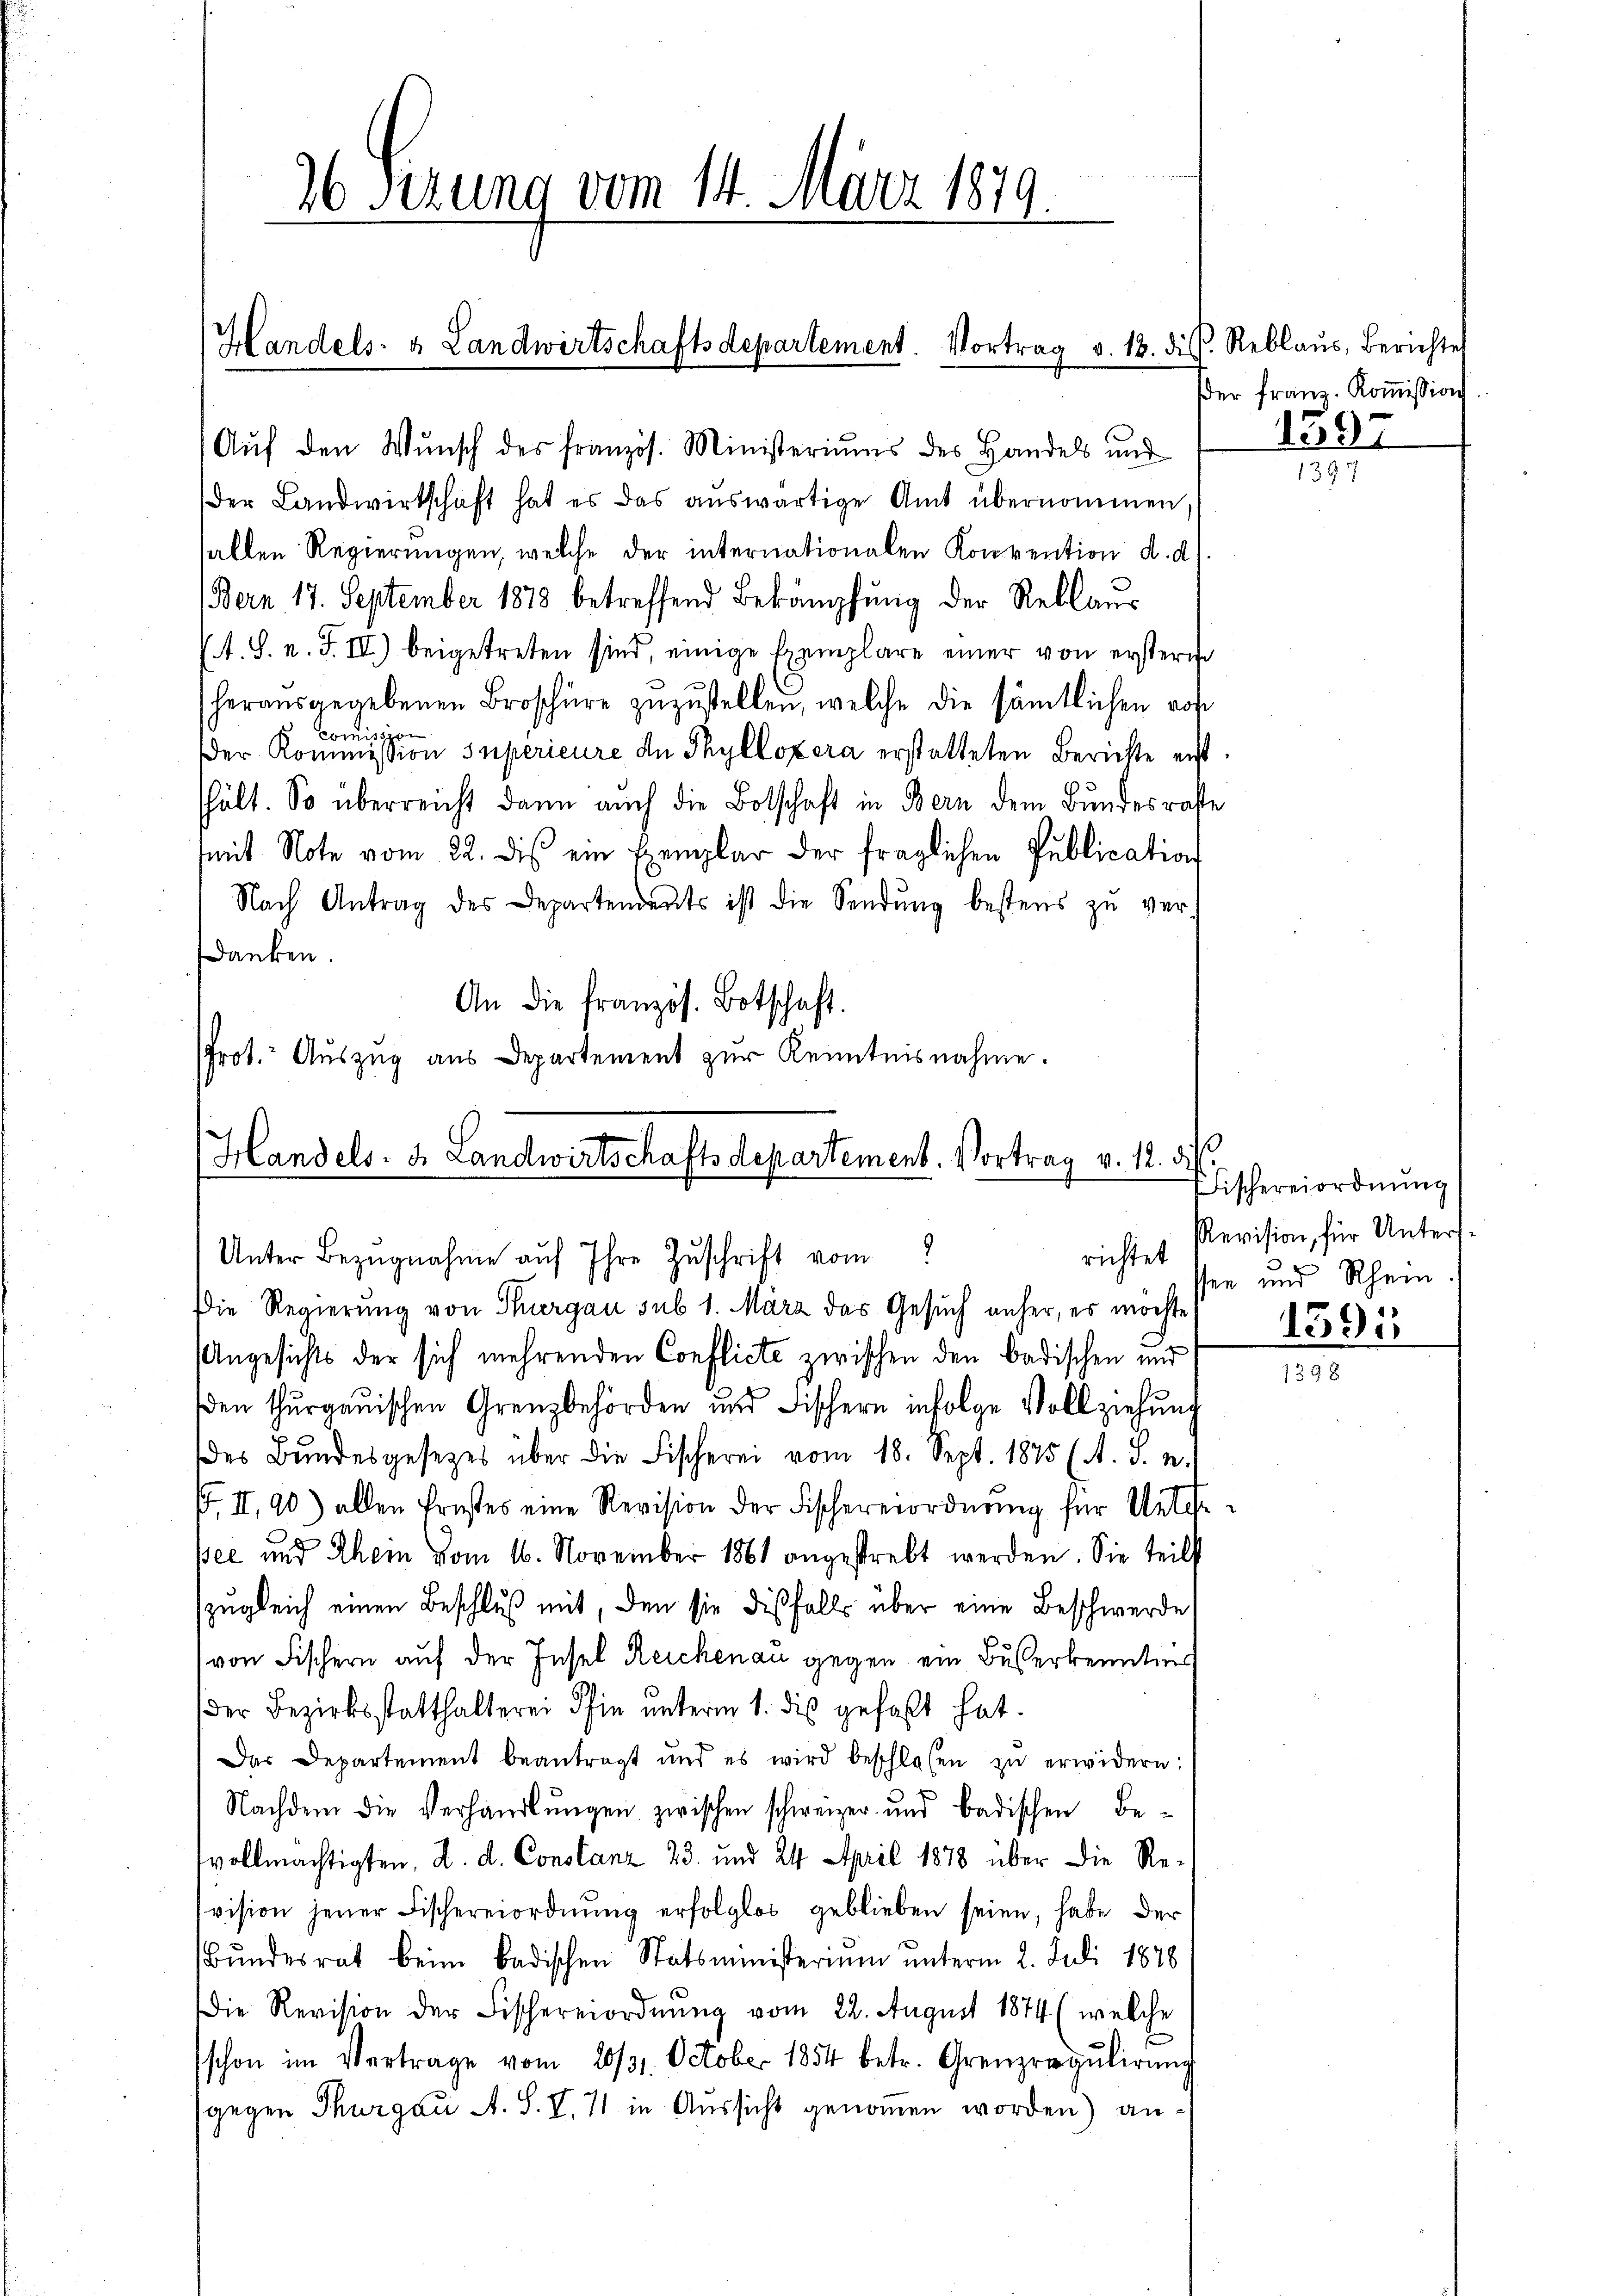
96 Sezung vom 14. März 1879.

Handels- & Landwirtschaftsdepartement. Vortrag d. 18. ds. Reblaŭs, Berichtes

Auf den Wunsch des französ. Ministeriums des Handels und
Der Landwirtschaft hat es das aŭswärtige Amt übernommen
hallen Regierungen, welche der internationalen Konvention d. d.
(Bern 17. September 1878 betreffend Bekämpfung der Reklaus
A. S. n. F. II) beigetreten sind, einige Exemplare einer von ersteri
herausgegebenen Broschüre zŭzŭstellen, welche die sämtlichen ros
c
h
nis
der Kommission superieure an Thylloxera erstatteten Berichte erst
hält. So überreicht dann auch die Botschaft in Bern dem Bundesraste
mit Note vom 22. dis ein Exemplar der fraglichen Publication
Nach Antrag des Departendents ist die Sendŭng bestens zŭ verdanken.
An die französ. Botschaft.
Prot. Aŭszŭg ans Departement zur Kenntnisnahme.

Handels. 3. Landwirtschaftsdepartement. Vortrag v. 12. di
Unter Bezŭgnahme auf Ihre Zuschrift vom
richtet
Die Regierung von Thurgau sub 1. März das Gesuch anher, es möchte

Angesichts der sich mehrenden Conflicte zwischen den badischen und
den thurgauischen Grenzbehörden und Fischern infolge Vollziehung
des Bŭndesgesetzes über die Fischerei vom 18. Sept. 1875 (A. S. n.
p. II, 90) allen Ernstes eine Revision der Fischereiordnŭng für Unteree und Ahem vom 16. November 1861 angestrebt werden. Sie teils
(zugleich einen Beschluß mit, den sie diesfalls über eine Beschwerde
(von Fischern auf der Insel Reichenau gegen ein Buserkenntnis
der Bezirksstatthalterei Ihin ŭnterm 1. die gefaßt hat.
Das Departement beantragt und es wird beschlossen zŭ erwidern:
Nachdem die Verhandlungen zwischen schweizer und badischen Be-
vollmächtigten, d. d. Constanz 23. und 24. April 1878 über die Resvision jener Fischereiordnŭng erfolglos geblieben seien, habe der
Bundesrat beim badischen Statsministerium unterm 2. Juli 1878
Die Revision der Fischereiordnung vom 22. August 1874 (welche
schon im Vertrage vom 20/31. October 1854 betr. Grenzregulirung
gegen Thurgau A. S. V. 11 in Aussicht genommen worden) an¬

der franz. Koṁission
1397

1397

Fischereiordnung
Revision, für Untersssen und Rhein.

1591